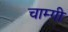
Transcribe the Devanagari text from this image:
चाम्गी